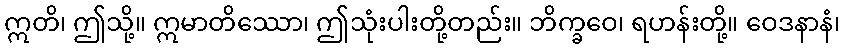
ဣတိ၊ ဤသို့။ ဣမာတိဿော၊ ဤသုံးပါးတို့တည်း။ ဘိက္ခဝေ၊ ရဟန်းတို့။ ဝေဒနာနံ၊